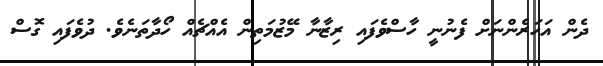
ދެން އަހަރެންނަށް ފެނުނީ ހާސްވެފައި ރިޒާނާ މޭޒުމަތިން އެއްޗެއް ހޯދާތަނެވެ. ދުވެފައި ގޮސް